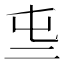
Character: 𠄤